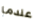
عندما